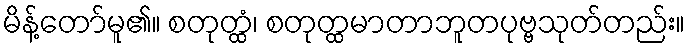
မိန့်တော်မူ၏။ စတုတ္ထံ၊ စတုတ္ထမာတာဘူတပုဗ္ဗသုတ်တည်း။